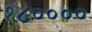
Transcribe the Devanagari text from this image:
१८००००